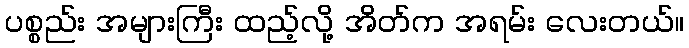
ပစ္စည်း အများကြီး ထည့်လို့ အိတ်က အရမ်း လေးတယ်။